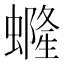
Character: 𧑟